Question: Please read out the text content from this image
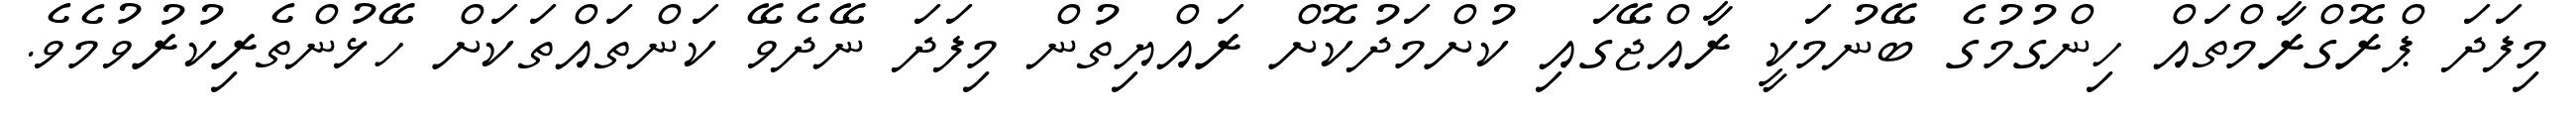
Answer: މިފަދަ ޕްރޮގްރާމްތައް ހިންގުމުގެ ބޭނުމަކީ ރާއްޖޭގައި ކުށްމަދުކޮށް ރައްޔިތުން މިފަދަ ނޭދެވޭ ކަންތައްތަކަށް ހޭޅުންތެރިކުރުވުމެވެ.